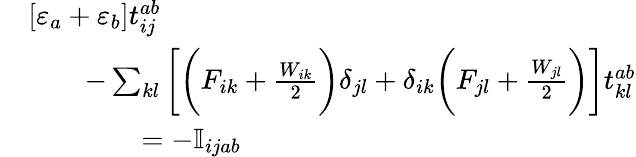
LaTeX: \begin{array}{rl}&{[\varepsilon_{a}+\varepsilon_{b}]t_{ij}^{ab}}\\ &{\qquad-\sum_{kl}\bigg[\bigg(F_{ik}+\frac{W_{ik}}{2}\bigg)\delta_{jl}+\delta_{ik}\bigg(F_{jl}+\frac{W_{jl}}{2}\bigg)\bigg]t_{kl}^{ab}}\\ &{\qquad\qquad=-\mathbb{I}_{ijab}}\end{array}